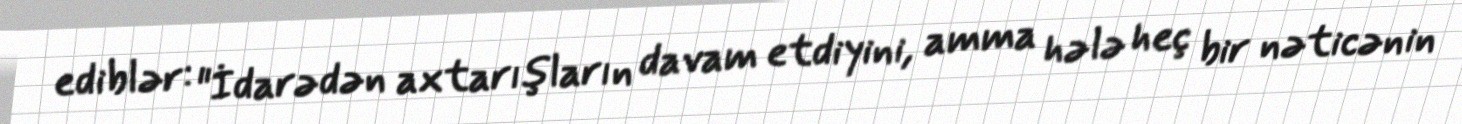
ediblər: "İdarədən axtarışların davam etdiyini, amma hələ heç bir nəticənin